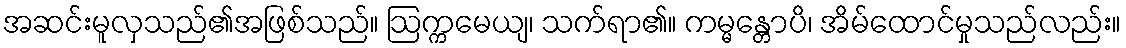
အဆင်းမူလှသည်၏အဖြစ်သည်။ ဩက္ကမေယျ၊ သက်ရာ၏။ ကမ္မန္တောပိ၊ အိမ်ထောင်မှုသည်လည်း။